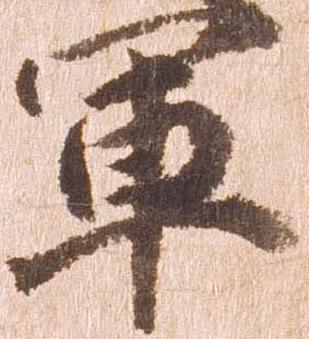
軍